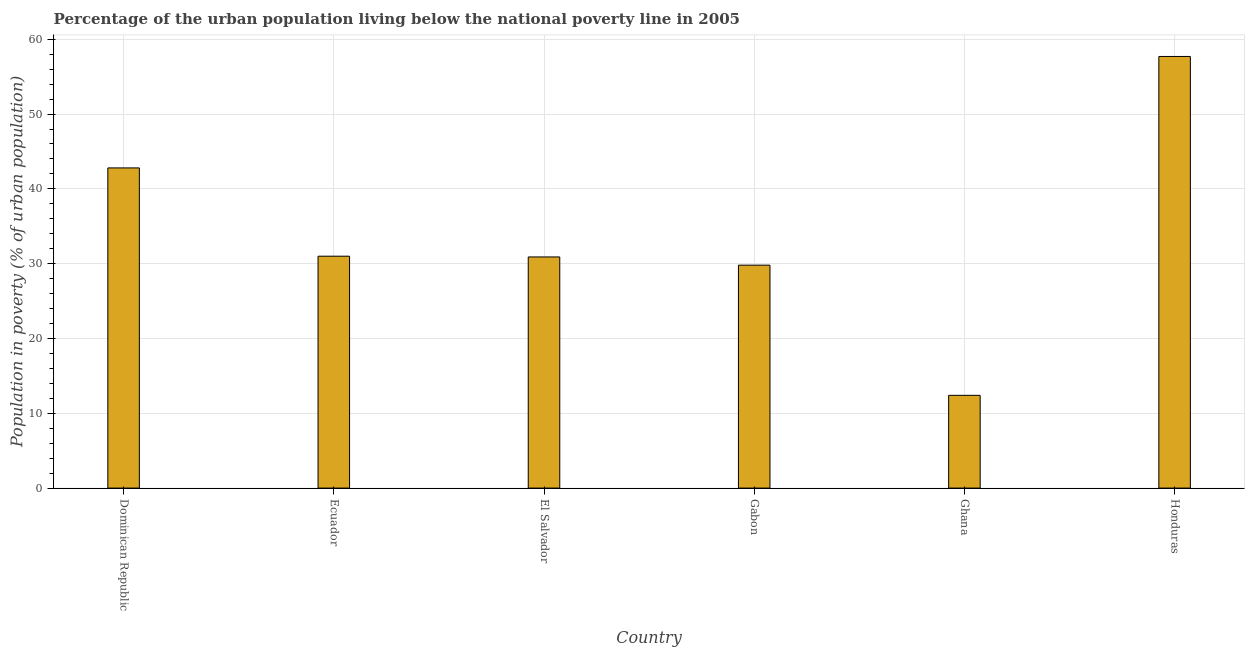
| Country | Urban poverty headcount ratio |
 | --- | --- |
 | Dominican Republic | 42.8 |
 | Ecuador | 31 |
 | El Salvador | 30.9 |
 | Gabon | 29.8 |
 | Ghana | 12.4 |
 | Honduras | 57.7 |